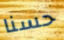
حسنا